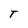
Character: T